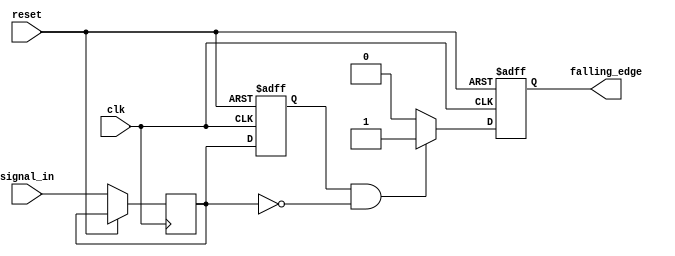
module falling_edge_detector (
    input wire clk,               // Clock signal
    input wire reset,             // Asynchronous reset signal
    input wire signal_in,         // Input signal to detect falling edge
    output reg falling_edge       // Output signal indicating falling edge detection
);

    reg prev_state;               // Register to hold the previous state of the input signal
    reg curr_state;               // Register to hold the current state of the input signal

    // Asynchronous reset and edge detection logic
    always @(posedge clk or posedge reset) begin
        if (reset) begin
            prev_state <= 1'b0;    // Initialize previous state to 0
            falling_edge <= 1'b0;   // Initialize falling edge output to 0
        end else begin
            curr_state <= signal_in; // Sample the current state of the input signal

            // Falling edge detection logic
            if (prev_state == 1'b1 && curr_state == 1'b0) begin
                falling_edge <= 1'b1; // Set falling edge output high
            end else begin
                falling_edge <= 1'b0; // Reset falling edge output
            end

            // Update previous state for the next clock cycle
            prev_state <= curr_state;
        end
    end

endmodule